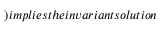
) i m p l i e s t h e i n v a r i a n t s o l u t i o n